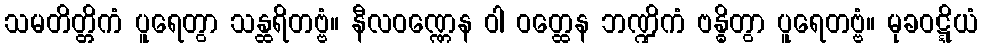
သမတိတ္တိကံ ပူရေတွာ သန္ထရိတဗ္ဗံ။ နီလဝဏ္ဏေန ဝါ ဝတ္ထေန ဘဏ္ဍိကံ ဗန္ဓိတွာ ပူရေတဗ္ဗံ။ မုခဝဋ္ဋိယံ